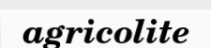
agricolite